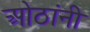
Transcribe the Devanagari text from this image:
ओठांनी